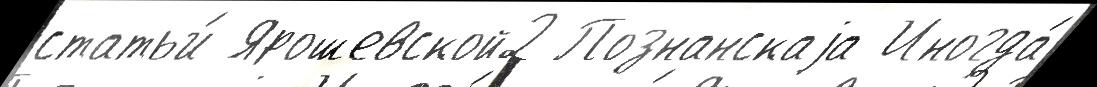
статьи́ Ярошевской2 Познанскаjа Иногда́